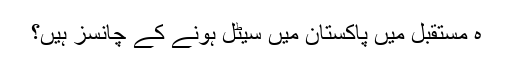
ہ مستقبل میں پاکستان میں سیٹل ہونے کے چانسز ہیں؟